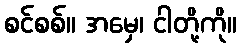
စင်စစ်။ အမှေ၊ ငါတို့ကို။